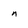
Character: n